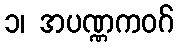
၁၊ အပဏ္ဏကဝဂ်